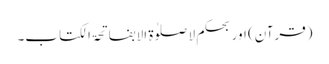
(قرآن) اور بحکم لا صلوٰۃ الا بفاتحۃ الکتاب۔